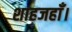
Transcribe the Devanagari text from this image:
शाहजहाँ।